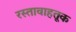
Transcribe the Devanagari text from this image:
रस्तावाहतूक